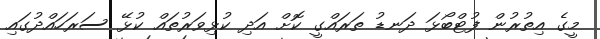
މީގެ އިތުރުން ފުޓްބޯޅަ ދަނޑު ތަރައްގީ ކޮށް އަދި ކުޅިވަރުތައް ކުޅޭ ސަރަހައްދުގައި